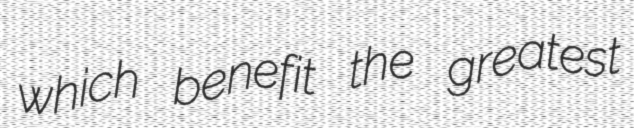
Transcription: which benefit the greatest